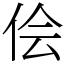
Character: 侩